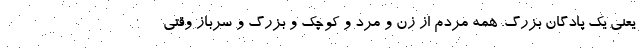
یعنی یک پادگان بزرگ. همه مردم از زن و مرد و کوچک و بزرگ و سرباز وقتی